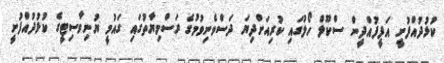
ކުޅުދުއްފުށީ އަފީފުއްދީން ސްކޫލް ހޯލުގައި ކުރިއަށްދިޔަ ދަސްވެނިވުމުގެ ރަސްމިޔާތުގައި ގައުމީ ޔުނިވާސިޓީގެ ކުޅުދުއްފުށީ